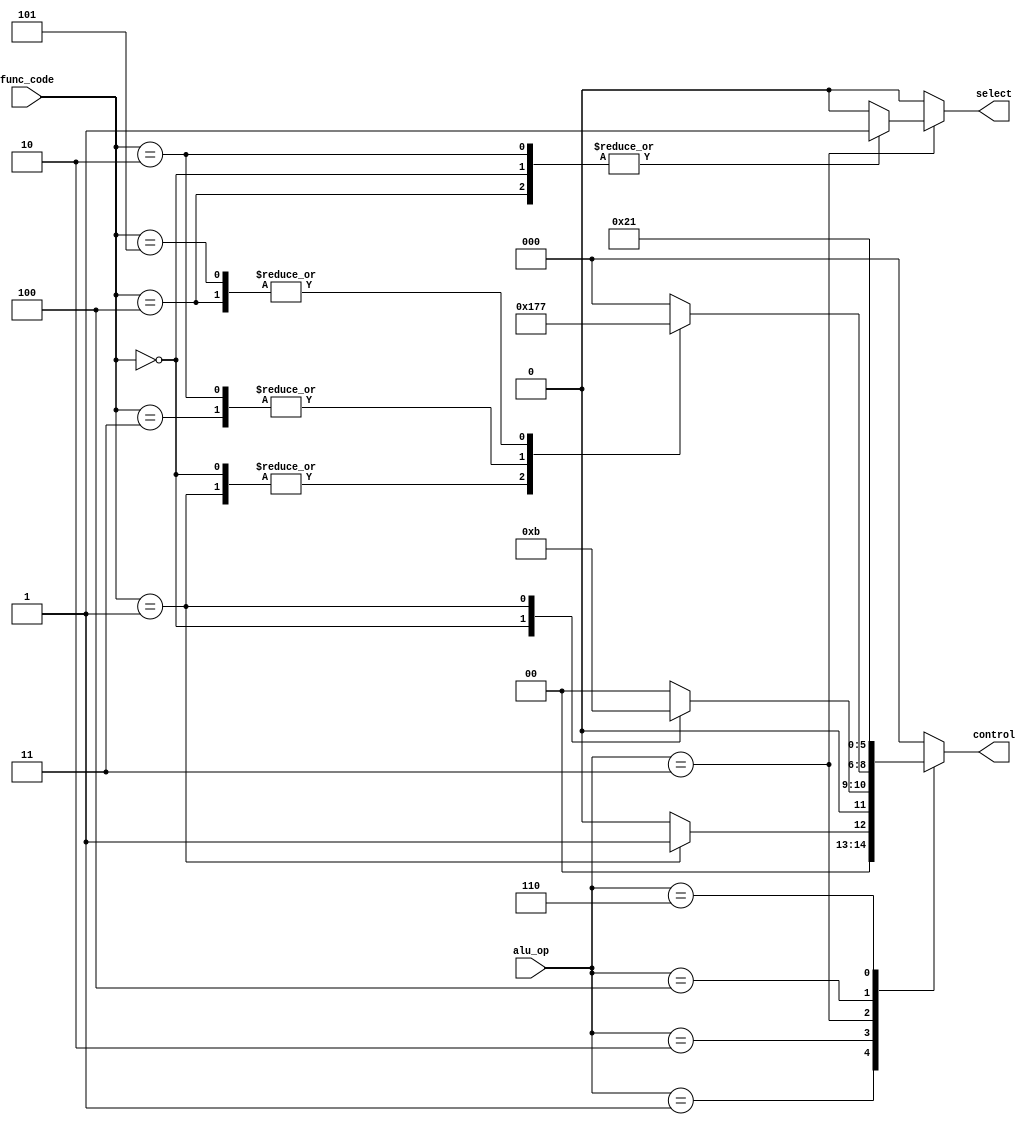
`timescale 1ns / 1ps

module Alu_Control_Unit (
    input [2:0] alu_op,
    input [5:0] func_code,
    output reg select,
    output reg [2:0] control
);

always @(*) begin
    case (alu_op)
        3'b000:
            begin
                control <= 3'b000;
                select <= 1'b0;
            end
        3'b001:
            begin
                select <= 1'b0;
                case (func_code)
                    6'b000000: control <= 3'b000;
                    6'b000001: control <= 3'b001;
                    default: control <= 3'b000;
                endcase
            end
        3'b010:
            begin
                select <= 1'b0;
                case (func_code)
                    6'b000000: control <= 3'b010;
                    6'b000001: control <= 3'b011; 
                    default: control <= 3'b000;
                endcase
            end
        3'b011:
            begin
                case (func_code)
                    6'b000000: 
                        begin
                            select <= 1'b1;
                            control <= 3'b101;
                        end
                    6'b000001: 
                        begin
                            select <= 1'b0;
                            control <= 3'b101;
                        end 
                    6'b000010: 
                        begin
                            select <= 1'b1;
                            control <= 3'b110;
                        end
                    6'b000011: 
                        begin
                            select <= 1'b0;
                            control <= 3'b110;
                        end
                    6'b000100: 
                        begin
                            select <= 1'b1;
                            control <= 3'b111;
                        end
                    6'b000101: 
                        begin
                            select <= 1'b0;
                            control <= 3'b111;
                        end
                    default: 
                        begin
                            select <= 1'b0;
                            control <= 3'b000;
                        end
                endcase
            end
        3'b100:
            begin                
                select <= 1'b0;
                control <= 3'b100; 
            end
        3'b101:
            begin
                select <= 1'b0;
                control <= 3'b000;
            end
        3'b110:
            begin
                select <= 1'b0;
                control <= 3'b001;
            end
        default:
            begin
                select <= 1'b0;
                control <= 3'b000;
            end
    endcase
end

endmodule